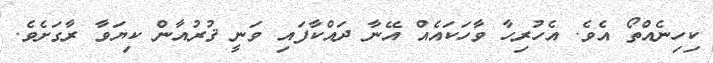
ކިހިނެއްތޯ އެވެ. އެހުރިހާ ވާހަކައެއް އޭނާ ދައްކާފައި ވަނީ ޤުރުއާން ކިޔަވާ ރާގަށެވެ.